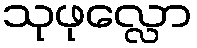
သုဖုလ္လော